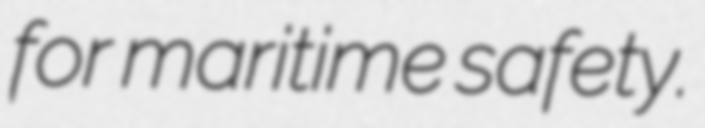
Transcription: for maritime safety.